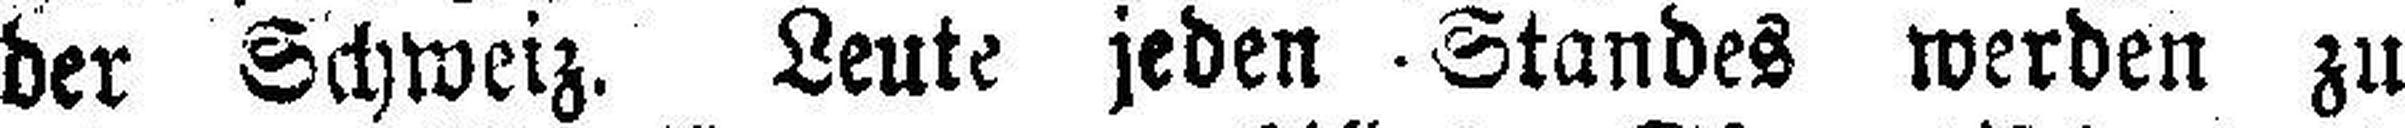
der Schweiz. Leute jeden Standes werden zu